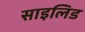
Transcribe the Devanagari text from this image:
साइलिड